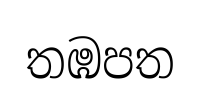
තඹපත